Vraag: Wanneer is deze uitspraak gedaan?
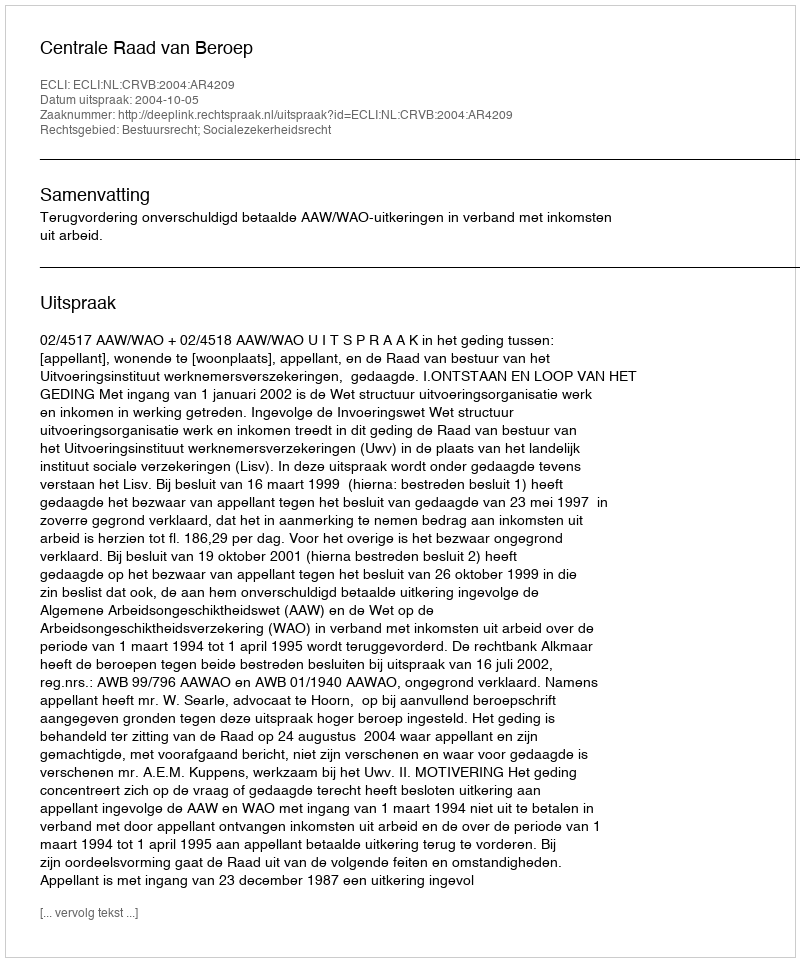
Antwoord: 2004-10-05